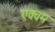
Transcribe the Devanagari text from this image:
एक्वम